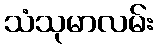
သံသုမာလမ်း